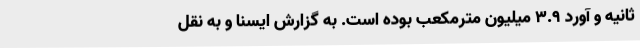
ثانیه و آورد 3.9 میلیون مترمکعب بوده است. به گزارش ایسنا و به نقل